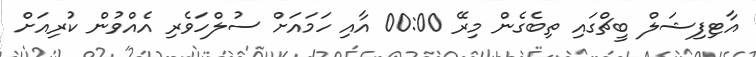
އާޓިފިޝަލް ބީޗްގައި ތިބެގެން މިރޭ 00:00 އާއި ހަމައަށް ސުލްހަވެރި އެއްވުން ކުރިއަށް